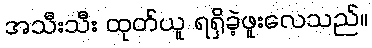
အသီးသီး ထုတ်ယူ ရရှိခဲ့ဖူးလေသည်။